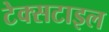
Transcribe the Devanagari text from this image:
टेक्‍सटाइल